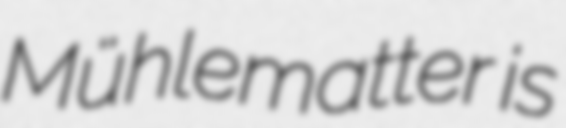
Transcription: Mühlematter is